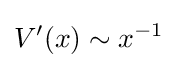
V'(x)\sim x^{-1}